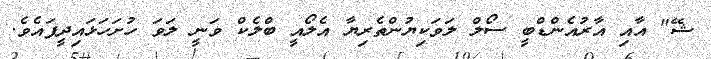
ޝޭ" އާއި އާރުއެންޑްބީ ސޯލް ލަވަކިޔުންތެރިޔާ އެލޯއީ ބްލެކް ވަނީ ލަވަ ހުށަހަޅައިދީފައެވެ.